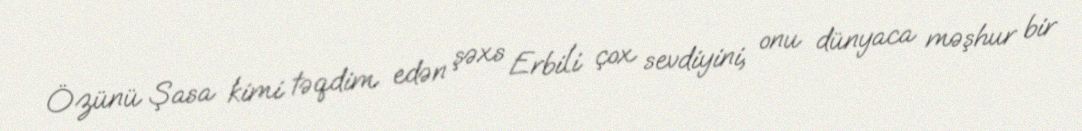
Özünü Şasa kimi təqdim edən şəxs Erbili çox sevdiyini, onu dünyaca məşhur bir